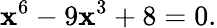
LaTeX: \mathbf{x}^{6}-9\mathbf{x}^{3}+8=0.